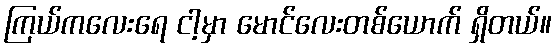
ကြယ်ကလေးရေ ငါ့မှာ မောင်လေးတစ်ယောက် ရှိတယ်။